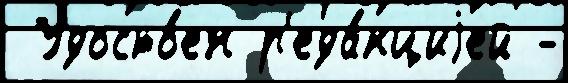
 Удосто́ен р'еда́кциjей -